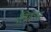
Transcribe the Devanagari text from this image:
त्रिरूप